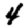
Digit: 4